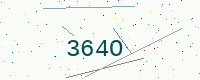
Text: 364O